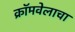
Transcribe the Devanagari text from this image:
क्रॉमवेलाचा